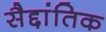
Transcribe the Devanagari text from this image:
सैद्दांतिक